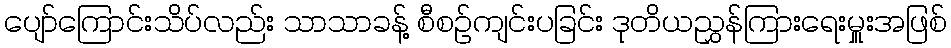
ပျော်ကြောင်းသိပ်လည်း သာသာခန့် စီစဉ်ကျင်းပခြင်း ဒုတိယညွှန်ကြားရေးမှူးအဖြစ်